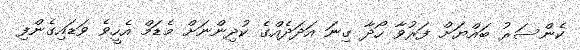
ކެންސަރު ބައްޔަށް ފަރުވާ ހޯދާ ގިނަ އަދަދެއްގެ ކުދިންނަށް މެޑަމް އެހީވެ ވަޑައިގެންފި